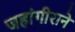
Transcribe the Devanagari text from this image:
जहांगीराने